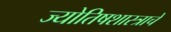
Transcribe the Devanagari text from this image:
ज्योतिषशास्त्राचे